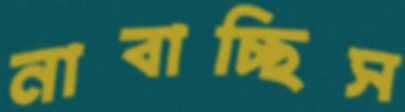
নাবাচ্ছিস